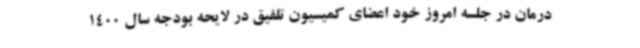
درمان در جلسه امروز خود اعضای کمیسیون تلفیق در لایحه بودجه سال 1400